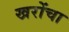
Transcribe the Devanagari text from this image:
खरोंचा